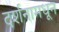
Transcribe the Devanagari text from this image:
दर्शनामधून